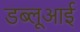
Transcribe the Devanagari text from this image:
डब्लूआई